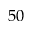
5 0